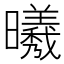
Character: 𣌀